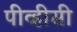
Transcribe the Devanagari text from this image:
पीव्हीसी